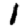
Digit: 1